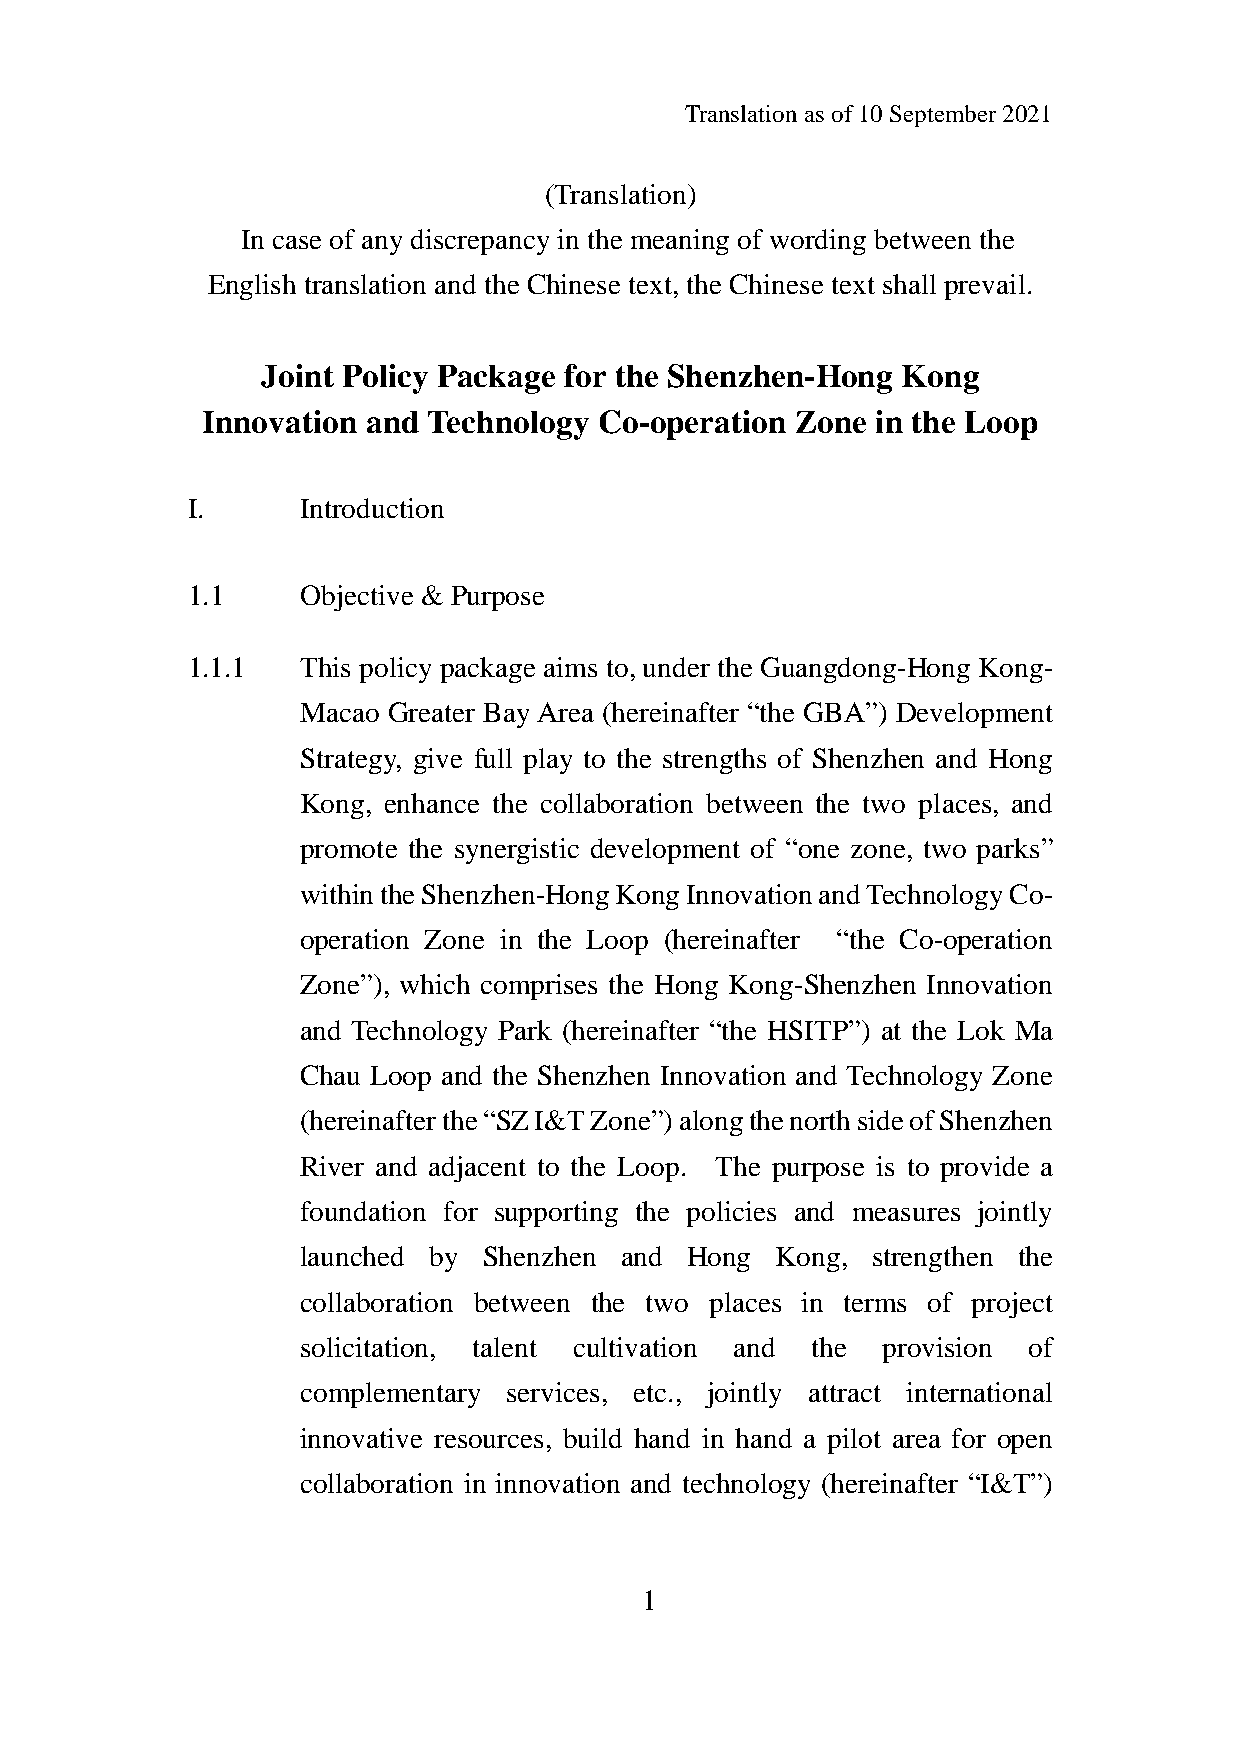
Translation as of 10 September 2021
 (Translation)
 In case of any discrepancy in the meaning of wording between the
 English translation and the Chinese text, the Chinese text shall prevail.
 Joint Policy Package for the Shenzhen-Hong Kong
 Innovation and Technology  Co-operation Zone in the Loop
 I.      Introduction
 1.1     Objective & Purpose
 1.1.1   This policy package aims to, under the Guangdong-Hong Kong-
 Macao Greater Bay Area (hereinafter “the GBA”) Development
 Strategy, give full play to the strengths of Shenzhen and Hong
 Kong, enhance the collaboration between the two places, and
 promote the synergistic development of “one zone, two parks”
 within the Shenzhen-Hong Kong Innovation and Technology Co-
 operation Zone in the Loop (hereinafter “the Co-operation
 Zone”), which comprises the Hong Kong-Shenzhen Innovation
 and Technology Park (hereinafter “the HSITP”) at the Lok Ma
 Chau Loop and the Shenzhen Innovation and Technology Zone
 (hereinafter the “SZ I&T Zone”) along the north side of Shenzhen
 River and adjacent to the Loop. The purpose is to provide a
 foundation for supporting the policies and measures jointly
 launched by Shenzhen and Hong  Kong,  strengthen the
 collaboration between the two places in terms of project
 solicitation, talent cultivation and the provision of
 complementary services, etc., jointly attract international
 innovative resources, build hand in hand a pilot area for open
 collaboration in innovation and technology (hereinafter “I&T”)
 1